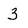
Character: 3